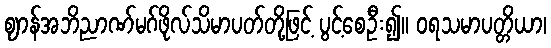
ဈာန်အဘိညာဏ်မဂ်ဖိုလ်သိမာပတ်တို့ဖြင့် ပွင့်စေဦး၍။ ဝရသမာပတ္တိယာ၊